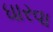
ધારવા